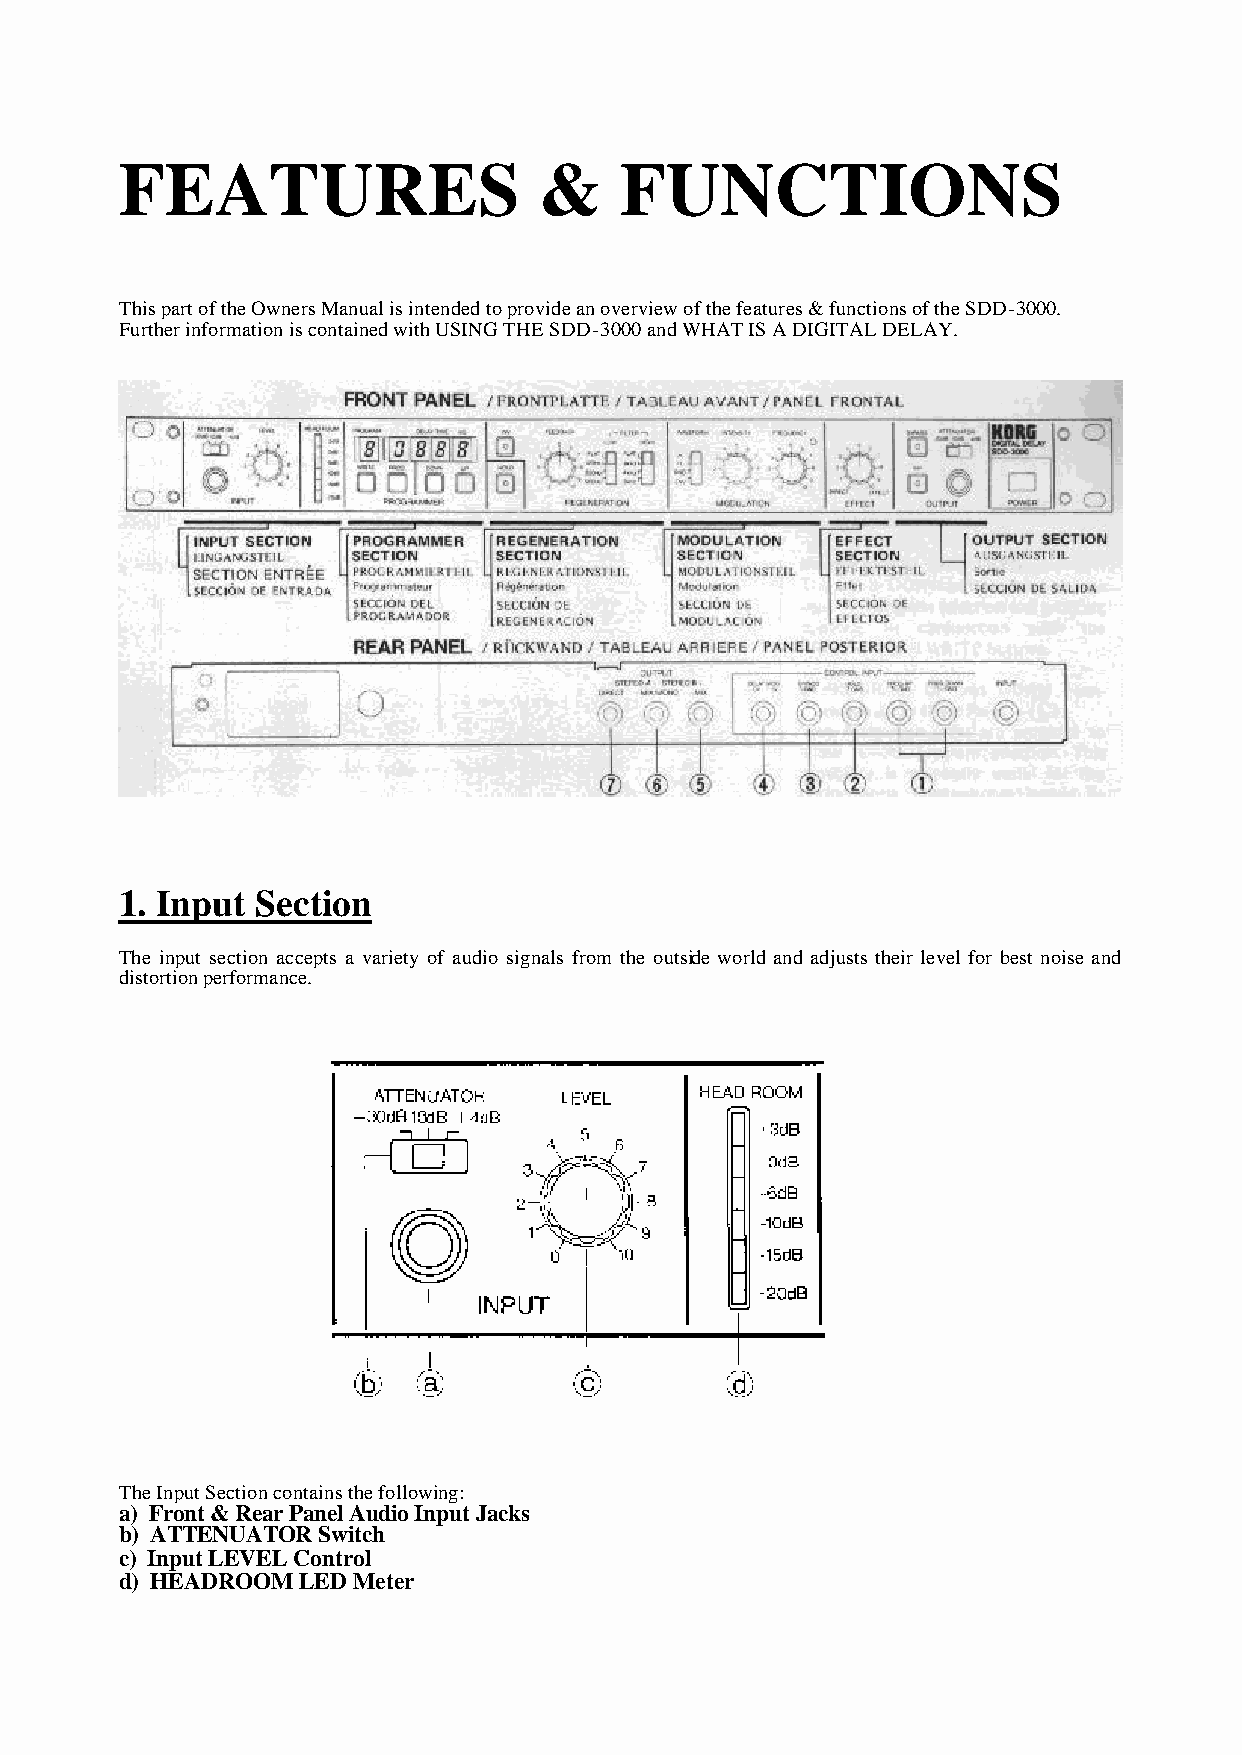
FEATURES                    &    FUNCTIONS
 This part of the Owners Manual is intended to provide an overview of the features & functions of the SDD-3000.
 Further information is contained with USING THE SDD-3000 and WHAT IS A DIGITAL DELAY.
 1. Input Section
 The input section accepts a variety of audio signals from the outside world and adjusts their level for best noise and
 distortion performance.
 The Input Section contains the following:
 a) Front & Rear Panel Audio Input Jacks
 b) ATTENUATOR Switch
 c) Input LEVEL Control
 d) HEADROOM LED Meter